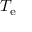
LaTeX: T _ { \mathrm { e } }